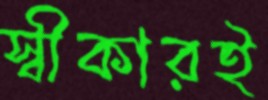
স্বীকারই